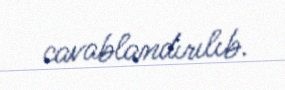
cavablandırılıb.